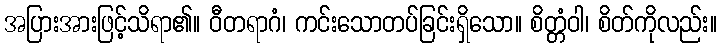
အပြားအားဖြင့်သိရာ၏။ ဝီတရာဂံ၊ ကင်းသောတပ်ခြင်းရှိသော။ စိတ္တံဝါ၊ စိတ်ကိုလည်း။